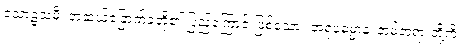
သောဠသမီ၊ တဆယ့်ခြောက်ခုတို့၏ ပြည့်ကြောင်းဖြစ်သော။ အရူပဓမ္မာနံ၊ နာမ်တရားတို့ကို။